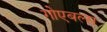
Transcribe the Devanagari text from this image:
गोएबल्स